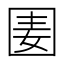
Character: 𡇦